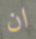
ان